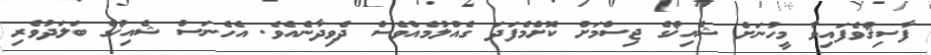
ފާސިޤްވެފައިވާ މީހުނަށް ޝެއިޚްގެ ޖިސްމަށް ކޮށްމެފަދަ ގެއްލުމެއްވެސް ދެވިދާނެއެވެ. އެހެނަސް ޝެއިޚްގެ ބަލަދުވެރި